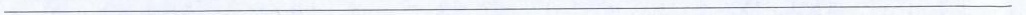
______________________________